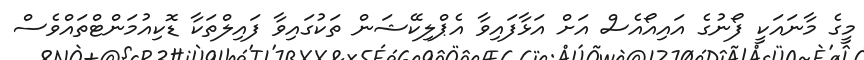
މީގެ މާނައަކީ ފޯނުގެ އައިއޯއެސް އަށް އަޅާފައިވާ އެޕްލިކޭޝަން ތަކުގައިވާ ފައިލްތަކާ ޑޮކިއުމަންޓްތައްވެސް